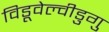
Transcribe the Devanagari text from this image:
विडूवेल्वीडुगु